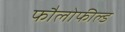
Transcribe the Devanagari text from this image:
फौलोफील्ड